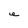
Character: e